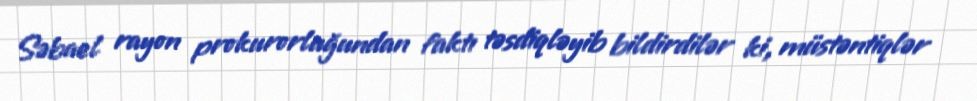
Səbael rayon prokurorluğundan faktı təsdiqləyib bildirdilər ki, müstəntiqlər